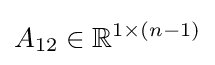
A_{12}\in \mathbb {R} ^{1\times (n-1)}